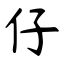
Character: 仔